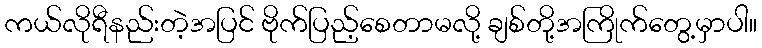
ကယ်လိုရီနည်းတဲ့အပြင် ဗိုက်ပြည့်စေတာမလို့ ချစ်တို့အကြိုက်တွေ့မှာပါ။